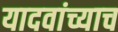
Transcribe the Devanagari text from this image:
यादवांच्याच